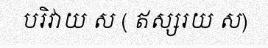
បរិវាយ ស ( ឥស្សរយ ស)